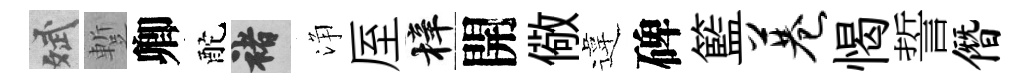
斌蹔卿酡褚浄厔梓開儆違碑籃巷愒誓僭